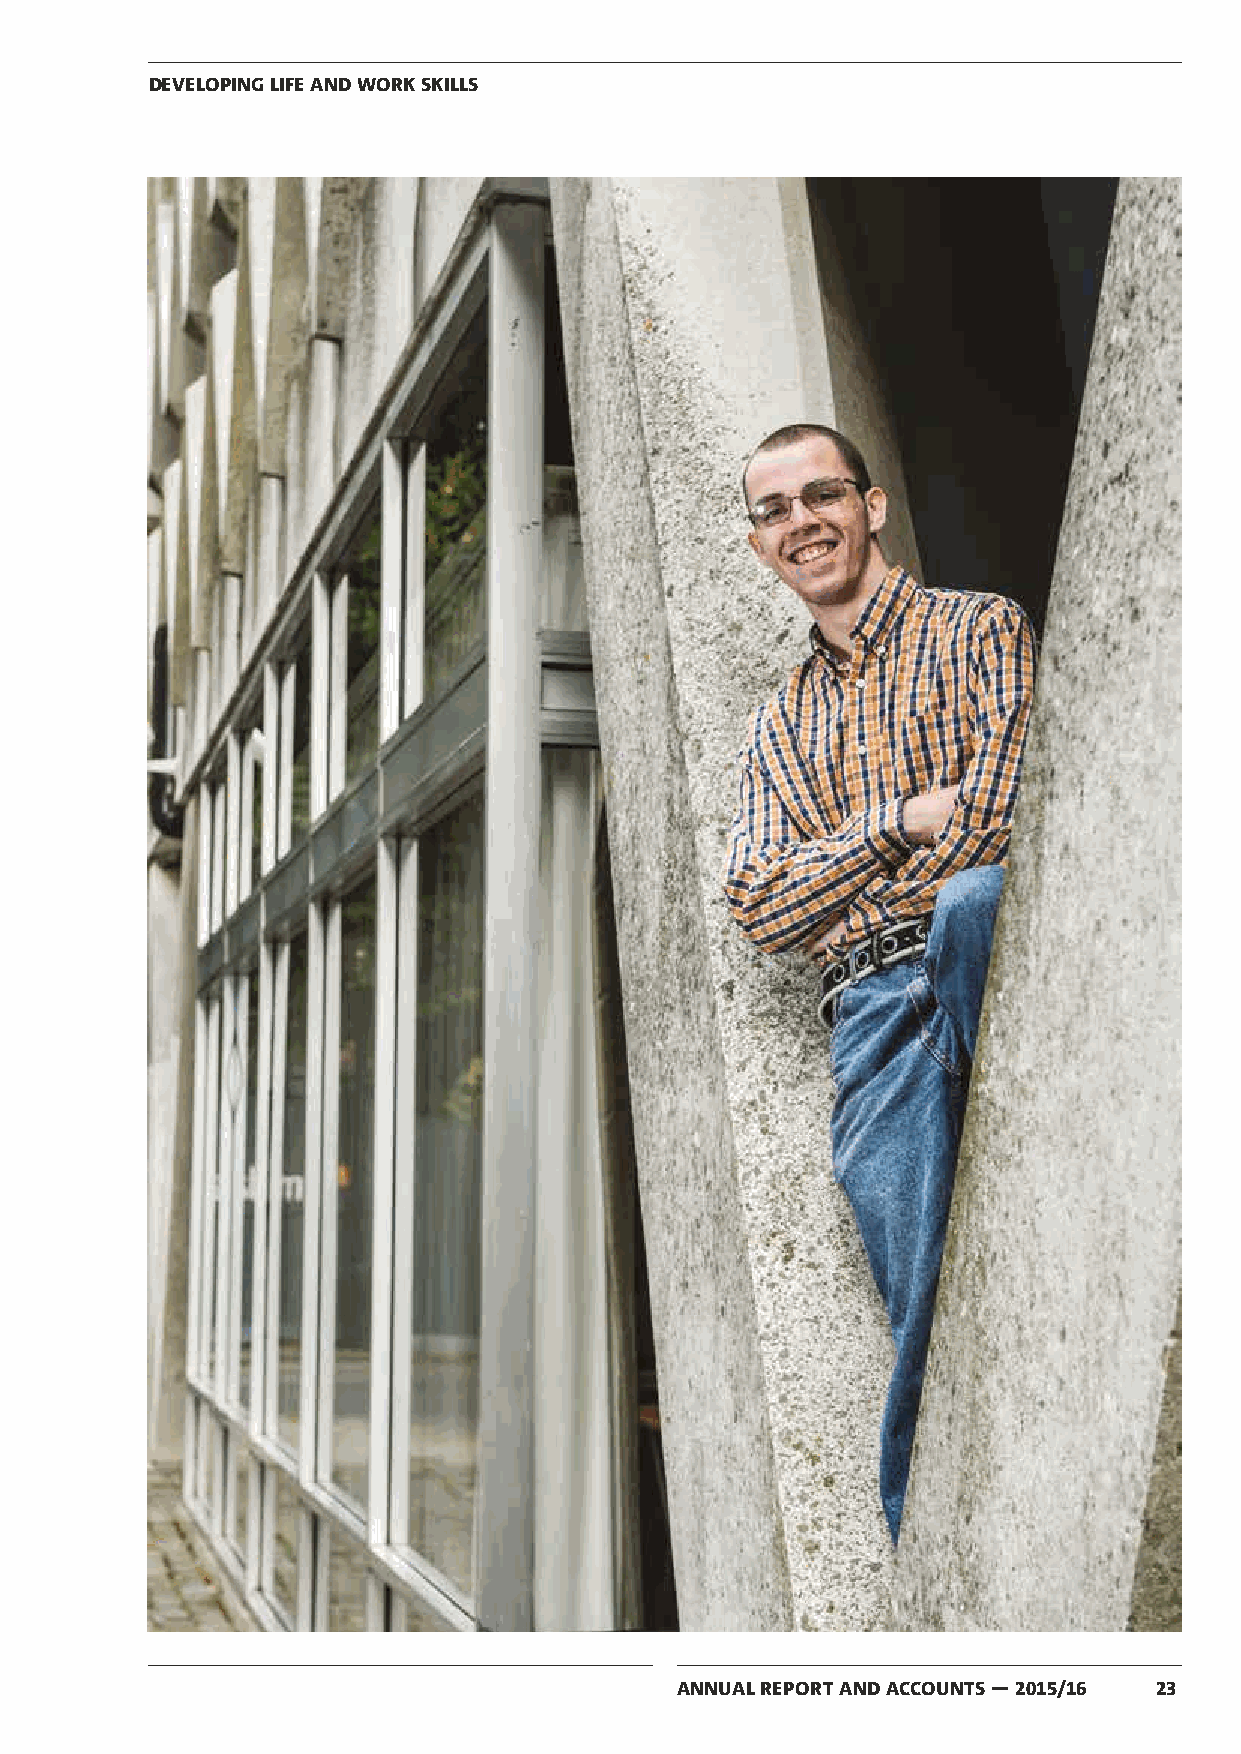
DEVELOPING LIFE AND WORK SKILLS
 ANNUAL REPORT AND ACCOUNTS — 2015/16 23